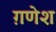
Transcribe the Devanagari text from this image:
ग़णेश